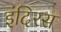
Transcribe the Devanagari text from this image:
इंदिरस